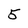
Character: 5